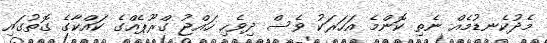
މެދުކެނޑުމެއް ނެތި ކޮންމެ އަހަރަކު ވެސް ދިވެހި ހައްޖު ގްރޫޕެއްގެ ކައްކާގެ ގޮތުގައި